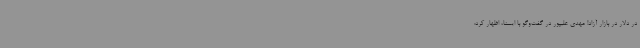
در دلار در بازار آزاد! مهدی علیپور در گفت‌وگو با ایسنا، اظهار کرد: